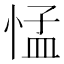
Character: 𢛴